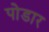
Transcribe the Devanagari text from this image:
पोडार